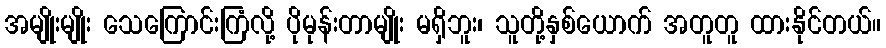
အမျိုးမျိုး သေကြောင်းကြံလို့ ပိုမုန်းတာမျိုး မရှိဘူး၊ သူတို့နှစ်ယောက် အတူတူ ထားနိုင်တယ်။